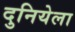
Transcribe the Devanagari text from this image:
दुनियेला